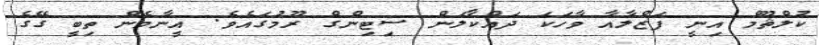
ކުލްޘޫމް އިނީ ފަޒްލާއާ ވާހަކަ ދައްކާލަން ސިޓިންގް ރޫމުގައެވެ. އީނާމެން ތިބީ ގޭގެ